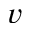
v